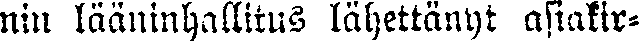
nin lääninhallitus lähettänyt asiakir-